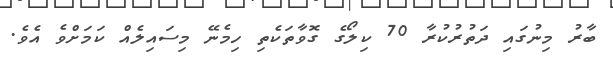
ބާރު މިނުގައި ދަތުރުކުރާ 70 ކިލޯގެ ގޮވާތަކެތި ހިމެނޭ މިސައިލެއް ކަމަށްވެ އެވެ.